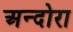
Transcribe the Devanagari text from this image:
अन्दोरा